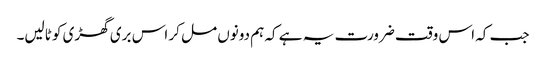
جب کہ اس وقت ضرورت یہ ہے کہ ہم دونوں مل کر اس بری گھڑی کو ٹالیں۔